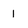
Character: 1